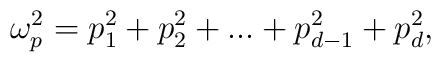
\omega_p^2=p_1^2+p_2^2+...+p_{d-1}^2+p_d^2,